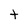
Character: t